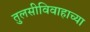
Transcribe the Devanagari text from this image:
तुलसीविवाहाच्या